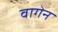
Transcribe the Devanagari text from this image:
वागेन